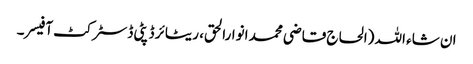
ان شاء اللہ (الحاج قاضی محمد انوارالحق، ریٹائر ڈپٹی ڈسٹرکٹ آفیسر۔